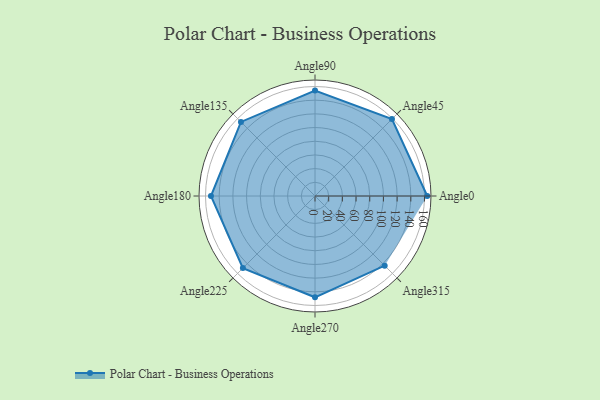
{"axis": {"x": "Angle", "y": "Radius"}, "legend": [""], "data": [{"x": "Angle0", "y": 164.0, "type": ""}, {"x": "Angle45", "y": 159.0, "type": ""}, {"x": "Angle90", "y": 154.0, "type": ""}, {"x": "Angle135", "y": 153.0, "type": ""}, {"x": "Angle180", "y": 152.0, "type": ""}, {"x": "Angle225", "y": 149.0, "type": ""}, {"x": "Angle270", "y": 148.0, "type": ""}, {"x": "Angle315", "y": 144.0, "type": ""}]}